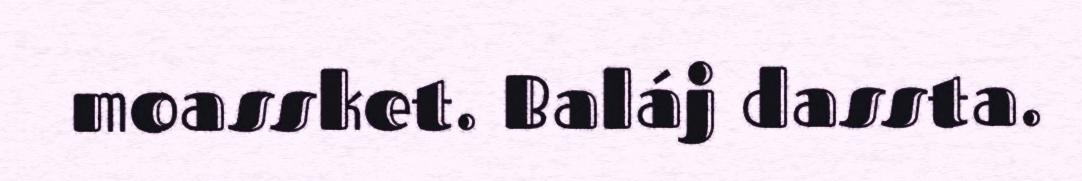
moassket. Baláj dassta.